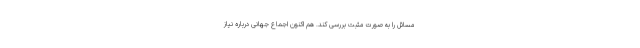
مسائل را به صورت مثبت بررسی کند. هم اکنون اجماع جهانی درباره نیاز